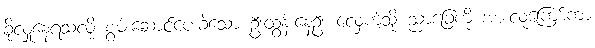
ခိုလှုံနေရသလို စွမ်းဆောင်ပေးခဲ့သော ဦးထွန်းနေဦး လှေကဲ့သို့ ညာခြေကို အားလူကြော်ကာ